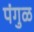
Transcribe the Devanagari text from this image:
पंगुळ